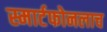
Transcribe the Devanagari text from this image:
स्मार्टफोनलाच